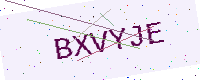
Text: BXVYJE